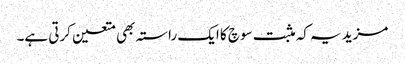
مزید یہ کہ مثبت سوچ کا ایک راستہ بھی متعین کرتی ہے۔